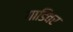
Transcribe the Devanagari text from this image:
गाडिवर